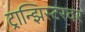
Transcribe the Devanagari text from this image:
ट्रान्झिस्टरवर